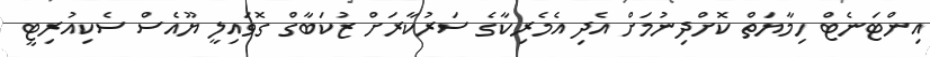
އިންޓަނެޓް ހިމާޔަތް ކޮށްދިނުމަށް އެދި އެމެރިކާގެ ސަރުކާރަށް ޒުކަބާގް ގޮވައިލީ ޔޫއެސް ސެކިއުރިޓީ